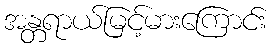
အန္တရာယ်မြင့်မားကြောင်း